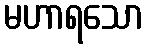
မဟာရသော